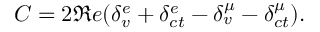
C = 2 \Re e ( \delta _ { v } ^ { e } + \delta _ { c t } ^ { e } - \delta _ { v } ^ { \mu } - \delta _ { c t } ^ { \mu } ) .